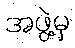
အဖွဲ့မှ